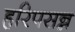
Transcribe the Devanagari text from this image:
हरिपसन्न